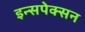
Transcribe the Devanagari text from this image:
इन्सपेक्सन